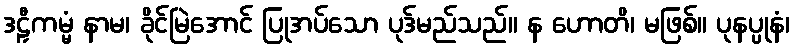
ဒဠှီကမ္မံ နာမ၊ ခိုင်မြဲအောင် ပြုအပ်သော ပုဒ်မည်သည်။ န ဟောတိ၊ မဖြစ်။ ပုနပ္ပုနံ၊